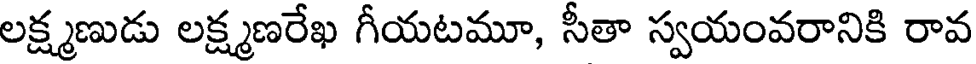
లక్ష్మణుడు లక్ష్మణరేఖ గీయటమూ, సీతా స్వయంవరానికి రావ